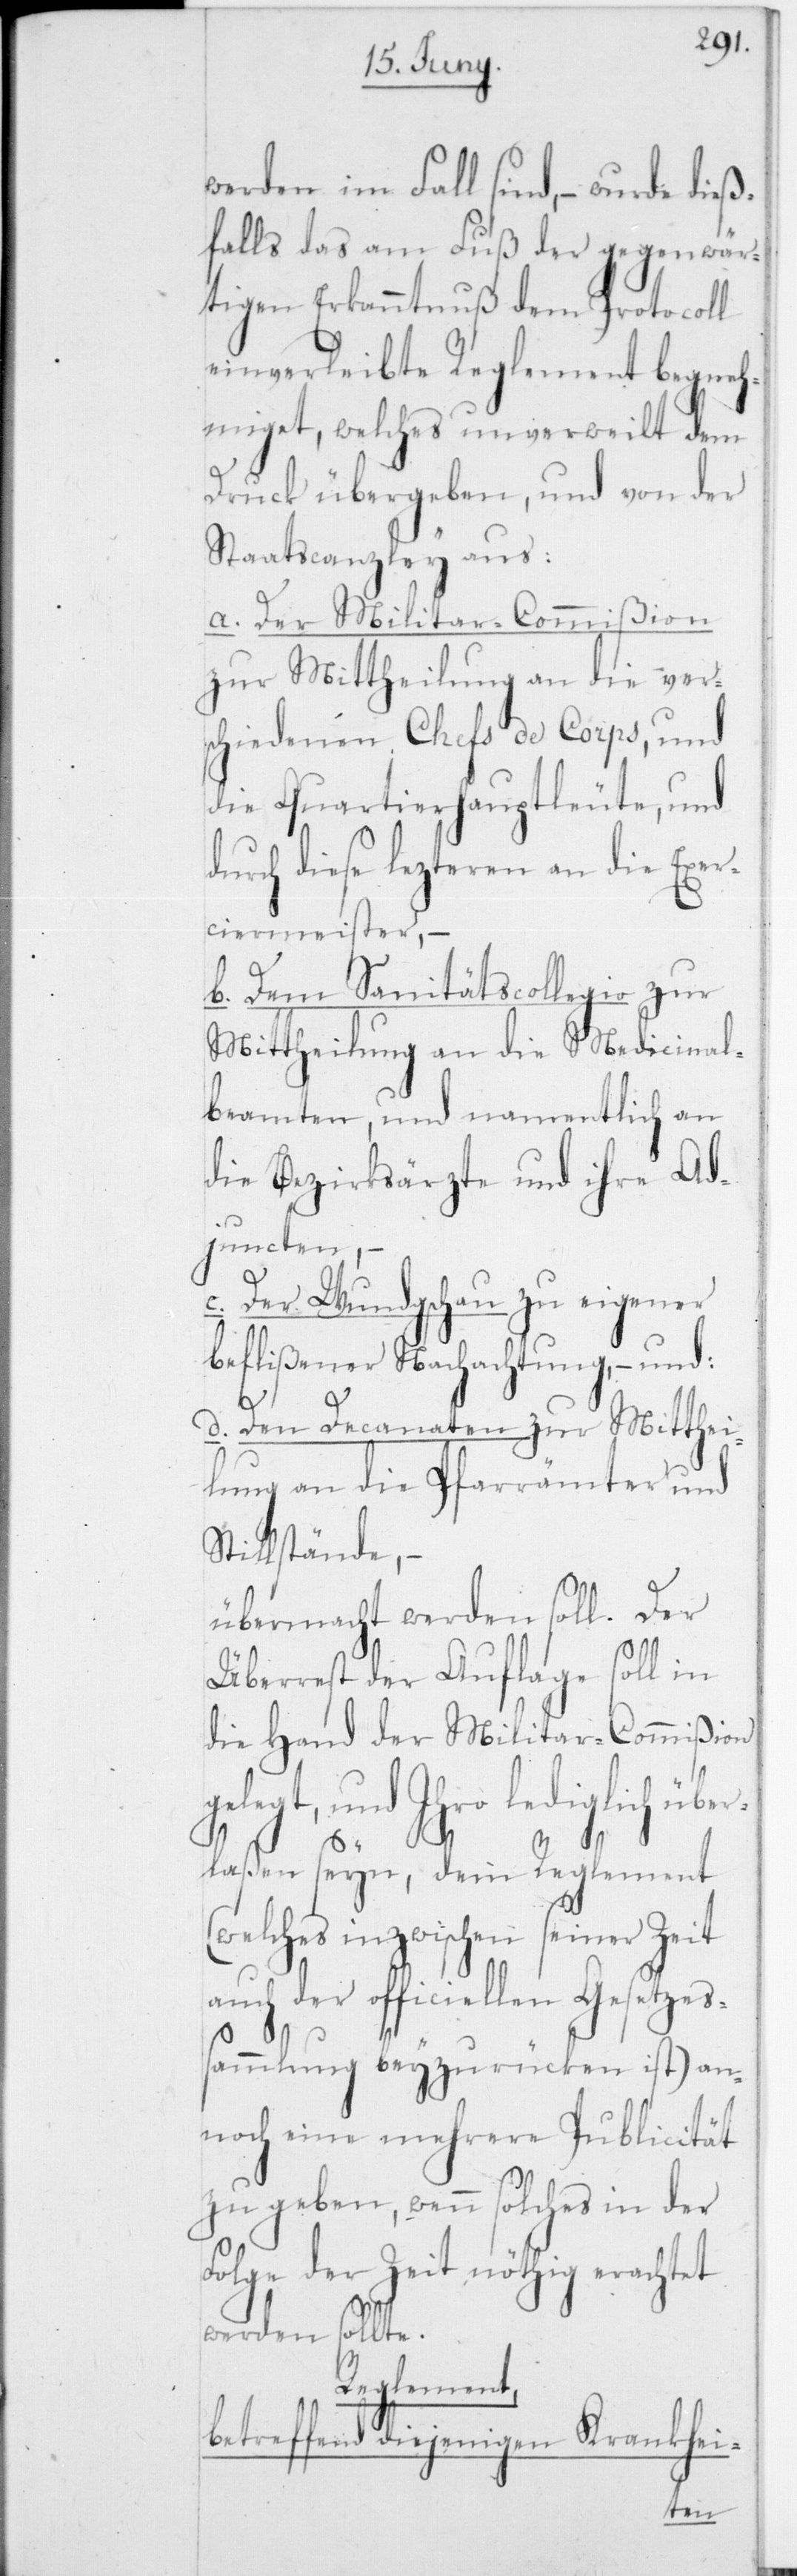
werden im Fall sind, – wurde dieß¬
falls das am Fuß der gegenwär¬
tigen Erkanntnuß dem Protocoll
einverleibte Reglement begneh¬
miget, welches unverweilt dem
Druck übergeben, und von der
Staatscanzley aus:
a. Der MilitarCommißion
zur Mittheilung an die ver¬
schiedenen Chefs de Corps, und
die Quartierhauptleute, und
durch diese lezteren an die Exer¬
ciermeister, –
b. Dem Sanitätscollegio
Mittheilung an die Medicinal¬
beamten, und namentlich an
die Bezirksärzte und ihre Ad¬
juncten, –
beflißener Nachachtung, – und:
lung an die Pfarrämter und
Stillstände, –
übermacht werden soll. Der
Überrest der Auflage soll in
die Hand der Militar-Commißion
legt, und Ihro lediglich üb¬
erlaßen seyn, dem Reglement
(welches inzwischen seiner Zeit
auch der officiellen Gesetzes¬
sammlung beyzurücken ist) an¬
noch eine mehrere Publicität
zu geben, wenn solches in der
Folge der Zeit nöthig erachtet
werden sollte.
Reglement
betreffend diejenigen Krankhei-
ge¬